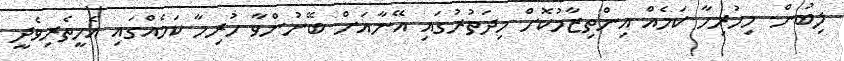
ލިބުން. މިހުރިހާ ކަމެއް އިންތިޒާމުކޮށް މިދަތުރުގައި އޭނާއަށް ބޭނުންވާ ހުރިހާ ކަމެއްގައި އެހީތެރިވެދީ